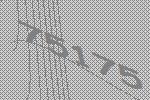
75175